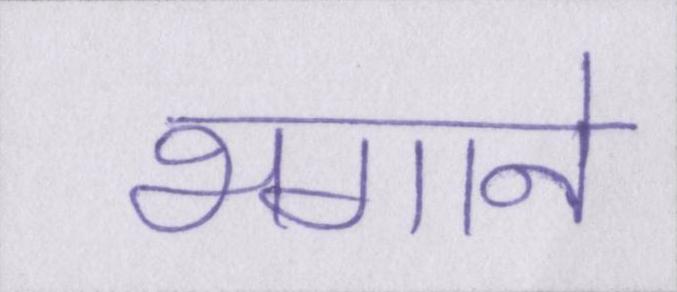
भगाने